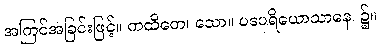
အကြင်အခြင်းဖြင့်။ ကထိတေ၊ သော။ ပဒပရိယောသာနေ၊ ၌။